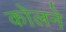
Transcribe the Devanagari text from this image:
कोलने